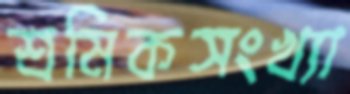
শ্রমিকসংখ্যা